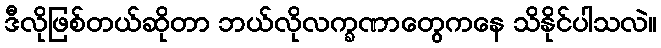
ဒီလိုဖြစ်တယ်ဆိုတာ ဘယ်လိုလက္ခဏာတွေကနေ သိနိုင်ပါသလဲ။